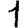
Digit: 1